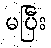
မပြီး